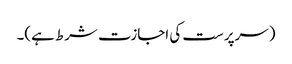
(سرپرست کی اجازت شرط ہے)۔